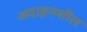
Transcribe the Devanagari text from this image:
अदाहनशील